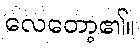
လေတော့၏။